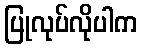
ပြုလုပ်လိုပါက